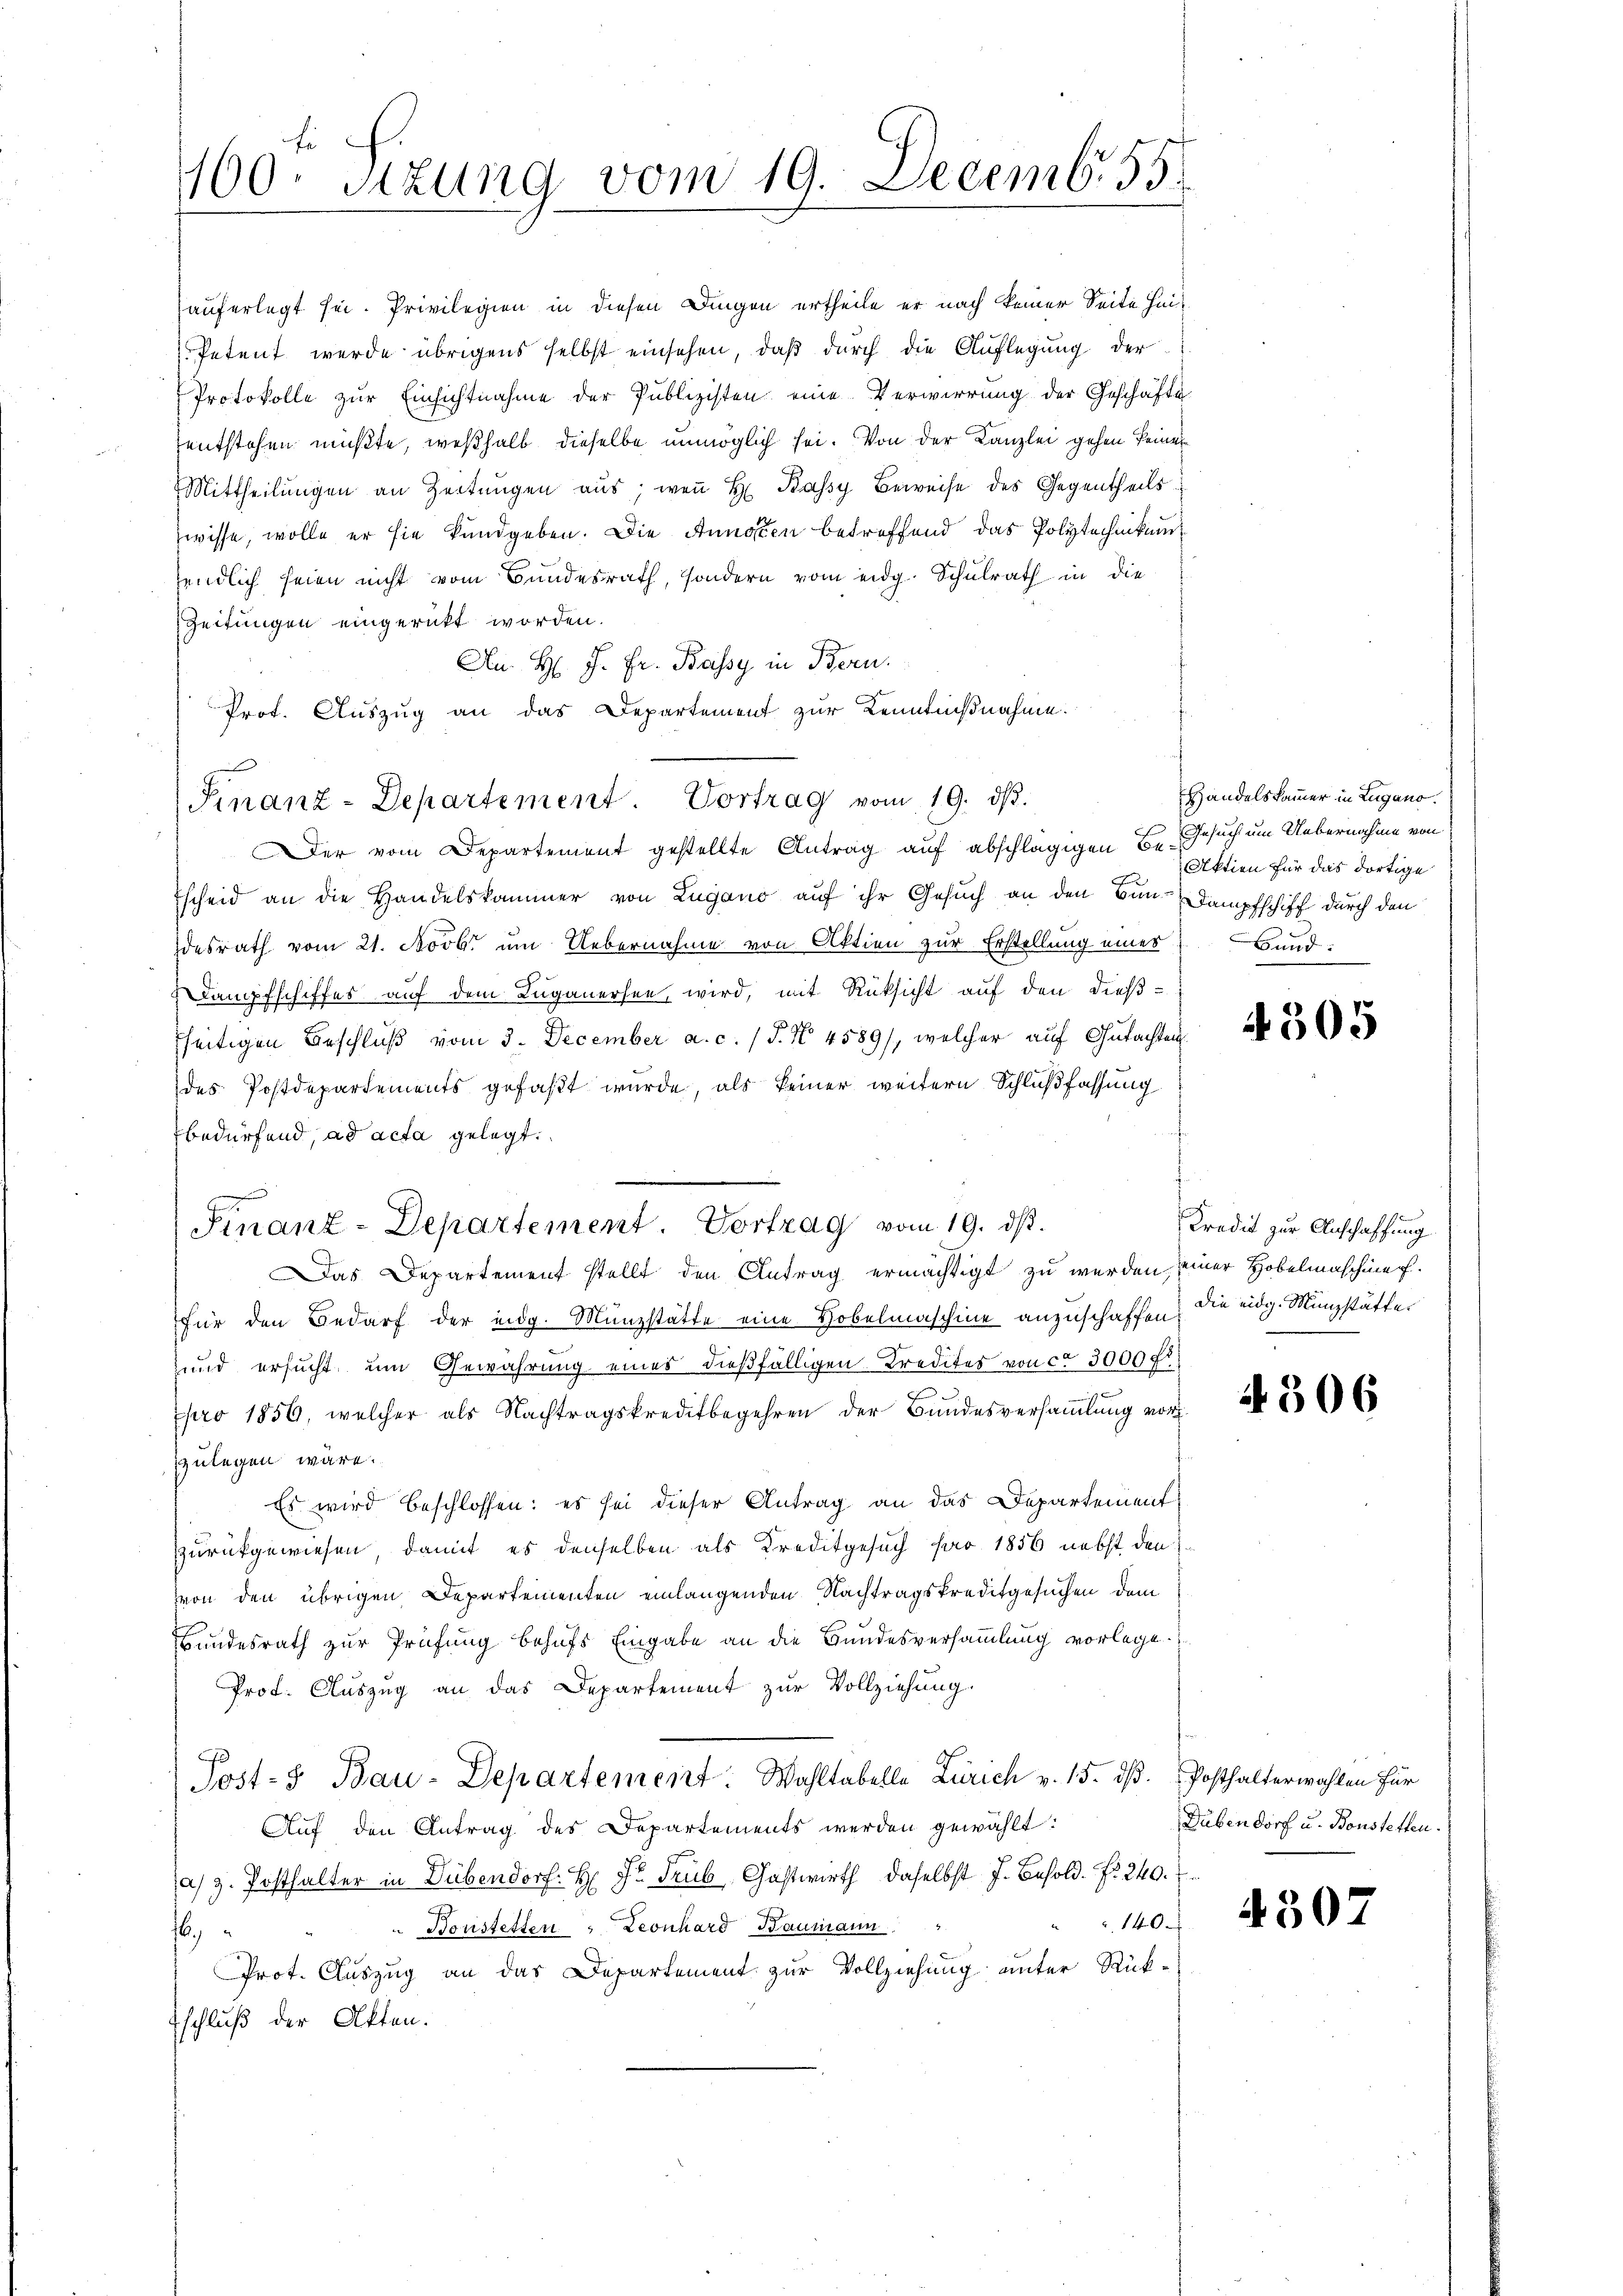
160. Sitzung vom 19. Decemb. 55.

Prot. Auszug an das Departement zur Kenntnißnahme.
er vom Departement gestellte Antrag auf abschlägigen Be¬
Escheid an die Handelskammer von Lugano auf ihr Gesuch an den Bun-Dampfschiff durch den
desrath vom 21. Novbr um Uebernahme von Aktien zur Erstellung eines
Dampfschiffes auf dem Luganersee wird, mit Rüksicht auf den dieß-
seitigen Beschluß vom 3. December a. c. (T. N. 4589/, welcher auf Gutachten
des Postdepartements gefaßt wurde, als keiner weitern Schlußfassung
bedürfend, ad acta gelegt.
Finanz-Departement. Vortrag vom 19. ds.
as Departement stellt den Antrag ermächtigt zu werden, seiner Hobelmaschine.
für den Bedarf der eidg. Münzstätte eine Hobelmaschine anzuschaffen, die eidg. Münzstätter
und ersucht, um Gewährung eines dießfälligen Kredites von ca 3000 Fr
.
pro 1856, welcher als Nachtragskreditbegehren der Bundesversammlung vorzulegen wäre.
Es wird beschlossen: es sei dieser Antrag an das Departement¬
Zurückgewiesen, damit es denselben als Kreditgesuch pro 1856 nebst den
von den übrigen Departementen einlangenden Nachtragskreditgesuchen dem
Bundesrath zur Prüfung behufs Eingabe an die Bundesversammlung vorlege.
Prof. Auszug an das Departement zur Vollziehung.
Post- & Bau-Departement. Wahltabelle Zürich v. 15. dß. Posthalterwahlen für
Auf den Antrag des Departements werden gewählt:
a) z. Posthalter in Dübendorf: H: Dr. Trub Gastwirth, daselbst J. Besold. . 240.
140
" Bonstetten Leonhard Baumann
f
Prot. Auszug an das Departement zur Vollziehung unter Rück-
Eschluß der Akten.

auferlegt sei. Privilegien in diesen Dingen ertheile er nach keiner Seite hin¬
Petent wurde übrigens selbst einsehen, daß durch die Auflegung der
Protokolle zur Einsichtnahme der Publizisten eine Verwirrung der Geschäfte
entstehen müßte, weßhalb dieselbe unmöglich sei. Von der Kanzlei gehen keine
Mittheilŭngen an Zeitŭngen aŭs, weṅ H Kassy Beweise des Gegentheils
wisse, wolle er sie kundgeben. Die Annien betreffend das Polytechnikum
endlich seien nicht vom Bundesrath, sondern vom eidg. Schulrath in die
Zeitungen eingerückt worden.
An H: J. Fr. Bassy in Bern.

Finanz-Departement. Vortrag vom 19. dβ.

Handelskammer in Zugano.
Gesuch um Uebernahme von
Aktien für das dortige
Bund:

4505

Kredit zur Anschaffung

4506

Dübendorf u. Bonstetten.

4503